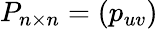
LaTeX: P_{n\times n}=(p_{uv})